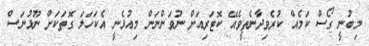
މިބުނީ ގޯސް ކަމެއް ކުރެވިދާނެތީވެއޭ ކޮޓަރިއަށް ނުވަންނަން މިއުޅެނީ އެކަހަލަ ގޮތަކަށް ނޫޅުނަސް